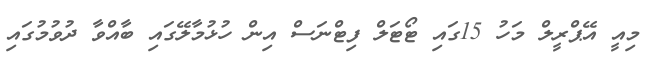
މިއީ އޭޕްރީލް މަހު 15ގައި ޓޯޓަލް ފިޓްނަސް އިން ހުޅުމާލޭގައި ބާއްވާ ދުވުމުގައި